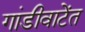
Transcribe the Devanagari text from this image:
गांडीवाटेंत